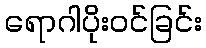
ရောဂါပိုးဝင်ခြင်း